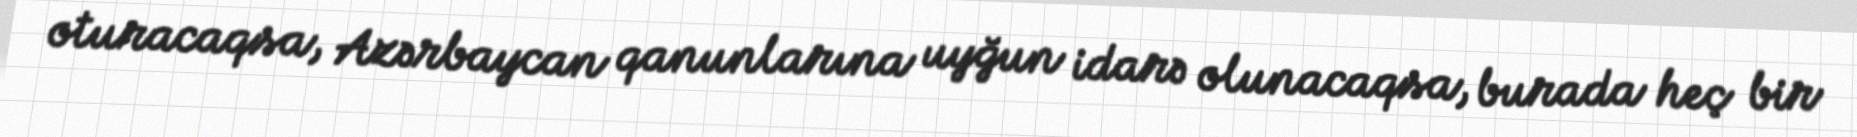
oturacaqsa, Azərbaycan qanunlarına uyğun idarə olunacaqsa, burada heç bir